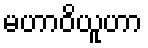
မဟာဝိယူဟာ